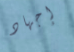
إجهاد